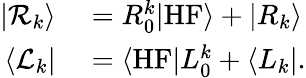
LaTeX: \begin{array}{rl}{\vert\mathcal{R}_{k}\rangle}&{{}=R_{0}^{k}\vert\mathrm{HF}\rangle+\vert R_{k}\rangle}\\ {\langle\mathcal{L}_{k}\vert}&{{}=\langle\mathrm{HF}\vert L_{0}^{k}+\langle L_{k}\vert.}\end{array}